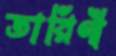
তারিণী